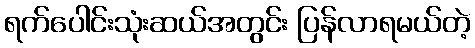
ရက်ပေါင်းသုံးဆယ်အတွင်း ပြန်လာရမယ်တဲ့